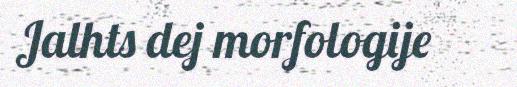
Jalhts dej morfologije